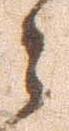
々